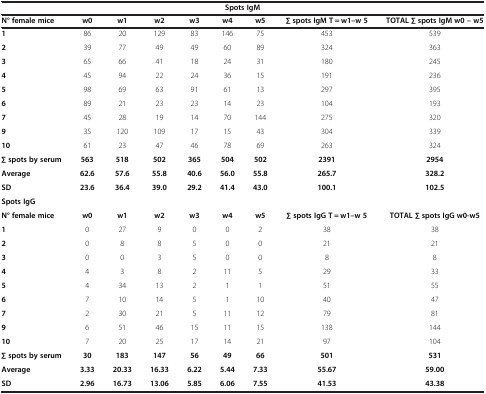
<table><thead><tr><td colspan="9"><b>Spots IgM</b></td></tr><tr><td><b>N° female mice</b></td><td><b>w0</b></td><td><b>w1</b></td><td><b>w2</b></td><td><b>w3</b></td><td><b>w4</b></td><td><b>w5</b></td><td><b>∑ spots IgM T = w1–w 5</b></td><td><b>TOTAL ∑ spots IgM w0 – w5</b></td></tr></thead><tbody><tr><td><b>1</b></td><td>86</td><td>20</td><td>129</td><td>83</td><td>146</td><td>75</td><td>453</td><td>539</td></tr><tr><td><b>2</b></td><td>39</td><td>77</td><td>49</td><td>49</td><td>60</td><td>89</td><td>324</td><td>363</td></tr><tr><td><b>3</b></td><td>65</td><td>66</td><td>41</td><td>18</td><td>24</td><td>31</td><td>180</td><td>245</td></tr><tr><td><b>4</b></td><td>45</td><td>94</td><td>22</td><td>24</td><td>36</td><td>15</td><td>191</td><td>236</td></tr><tr><td><b>5</b></td><td>98</td><td>69</td><td>63</td><td>91</td><td>61</td><td>13</td><td>297</td><td>395</td></tr><tr><td><b>6</b></td><td>89</td><td>21</td><td>23</td><td>23</td><td>14</td><td>23</td><td>104</td><td>193</td></tr><tr><td><b>7</b></td><td>45</td><td>28</td><td>19</td><td>14</td><td>70</td><td>144</td><td>275</td><td>320</td></tr><tr><td><b>9</b></td><td>35</td><td>120</td><td>109</td><td>17</td><td>15</td><td>43</td><td>304</td><td>339</td></tr><tr><td><b>10</b></td><td>61</td><td>23</td><td>47</td><td>46</td><td>78</td><td>69</td><td>263</td><td>324</td></tr><tr><td><b>∑ spots by serum</b></td><td><b>563</b></td><td><b>518</b></td><td><b>502</b></td><td><b>365</b></td><td><b>504</b></td><td><b>502</b></td><td><b>2391</b></td><td><b>2954</b></td></tr><tr><td><b>Average</b></td><td><b>62.6</b></td><td><b>57.6</b></td><td><b>55.8</b></td><td><b>40.6</b></td><td><b>56.0</b></td><td><b>55.8</b></td><td><b>265.7</b></td><td><b>328.2</b></td></tr><tr><td><b>SD</b></td><td><b>23.6</b></td><td><b>36.4</b></td><td><b>39.0</b></td><td><b>29.2</b></td><td><b>41.4</b></td><td><b>43.0</b></td><td><b>100.1</b></td><td><b>102.5</b></td></tr><tr><td colspan="9"><b>Spots IgG</b></td></tr><tr><td><b>N° female mice</b></td><td><b>w0</b></td><td><b>w1</b></td><td><b>w2</b></td><td><b>w3</b></td><td><b>w4</b></td><td><b>w5</b></td><td><b>∑ spots IgG T = w1–w 5</b></td><td><b>TOTAL ∑ spots IgG w0-w5</b></td></tr><tr><td><b>1</b></td><td>0</td><td>27</td><td>9</td><td>0</td><td>0</td><td>2</td><td>38</td><td>38</td></tr><tr><td><b>2</b></td><td>0</td><td>8</td><td>8</td><td>5</td><td>0</td><td>0</td><td>21</td><td>21</td></tr><tr><td><b>3</b></td><td>0</td><td>0</td><td>3</td><td>5</td><td>0</td><td>0</td><td>8</td><td>8</td></tr><tr><td><b>4</b></td><td>4</td><td>3</td><td>8</td><td>2</td><td>11</td><td>5</td><td>29</td><td>33</td></tr><tr><td><b>5</b></td><td>4</td><td>34</td><td>13</td><td>2</td><td>1</td><td>1</td><td>51</td><td>55</td></tr><tr><td><b>6</b></td><td>7</td><td>10</td><td>14</td><td>5</td><td>1</td><td>10</td><td>40</td><td>47</td></tr><tr><td><b>7</b></td><td>2</td><td>30</td><td>21</td><td>5</td><td>11</td><td>12</td><td>79</td><td>81</td></tr><tr><td><b>9</b></td><td>6</td><td>51</td><td>46</td><td>15</td><td>11</td><td>15</td><td>138</td><td>144</td></tr><tr><td><b>10</b></td><td>7</td><td>20</td><td>25</td><td>17</td><td>14</td><td>21</td><td>97</td><td>104</td></tr><tr><td><b>∑ spots by serum</b></td><td><b>30</b></td><td><b>183</b></td><td><b>147</b></td><td><b>56</b></td><td><b>49</b></td><td><b>66</b></td><td><b>501</b></td><td><b>531</b></td></tr><tr><td><b>Average</b></td><td><b>3.33</b></td><td><b>20.33</b></td><td><b>16.33</b></td><td><b>6.22</b></td><td><b>5.44</b></td><td><b>7.33</b></td><td><b>55.67</b></td><td><b>59.00</b></td></tr><tr><td><b>SD</b></td><td><b>2.96</b></td><td><b>16.73</b></td><td><b>13.06</b></td><td><b>5.85</b></td><td><b>6.06</b></td><td><b>7.55</b></td><td><b>41.53</b></td><td><b>43.38</b></td></tr></tbody></table>